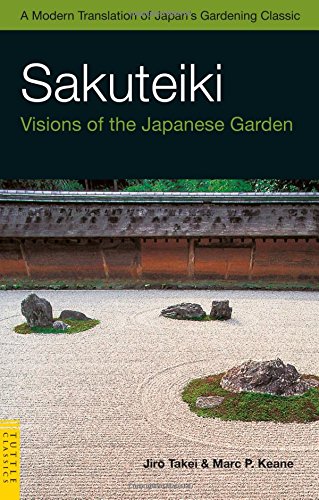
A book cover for Sakuteiki: Visions of the Japanese Garden: A Modern Translation of Japan's Gardening Classic (Tuttle Classics); Jiro Takei; Crafts, Hobbies & Home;